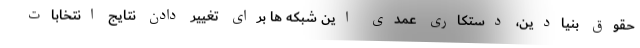
حقوق بنیادین، دستکاری عمدی این شبکه ها برای تغییر دادن نتایج انتخابات